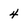
Character: 4